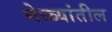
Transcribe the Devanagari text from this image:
मेळ्यांतील